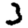
Digit: 3